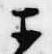
于